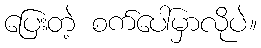
ပြေးတဲ့ စက်ပေါ်မှာလိုပဲ။